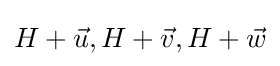
H+{\vec {u}},H+{\vec {v}},H+{\vec {w}}